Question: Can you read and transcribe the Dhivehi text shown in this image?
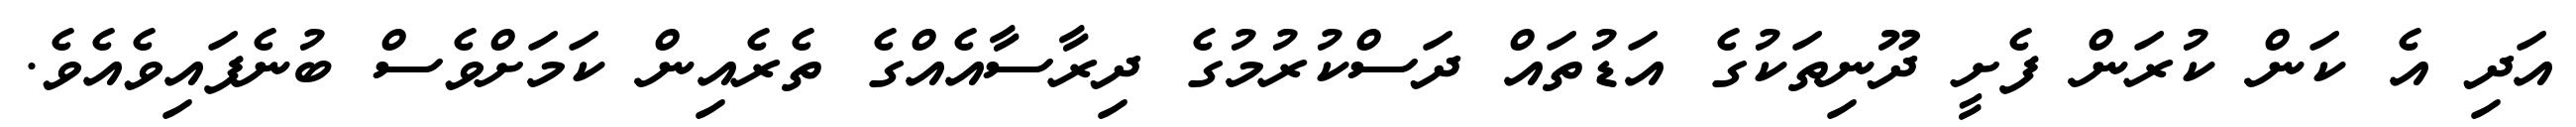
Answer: އަދި އެ ކަން ކުރަން ފެށީ ދޫނިތަކުގެ އަޑުތައް ދަސްކުރުމުގެ ދިރާސާއެއްގެ ތެރެއިން ކަމަށްވެސް ބުނެފައިވެއެވެ.